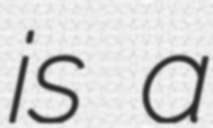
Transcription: is a